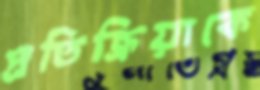
প্রতিক্রিয়াকে